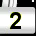
Digit: 2